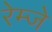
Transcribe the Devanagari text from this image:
रेम्जे